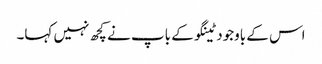
اس کے باوجود ٹینگو کے باپ نے کچھ نہیں کہا۔